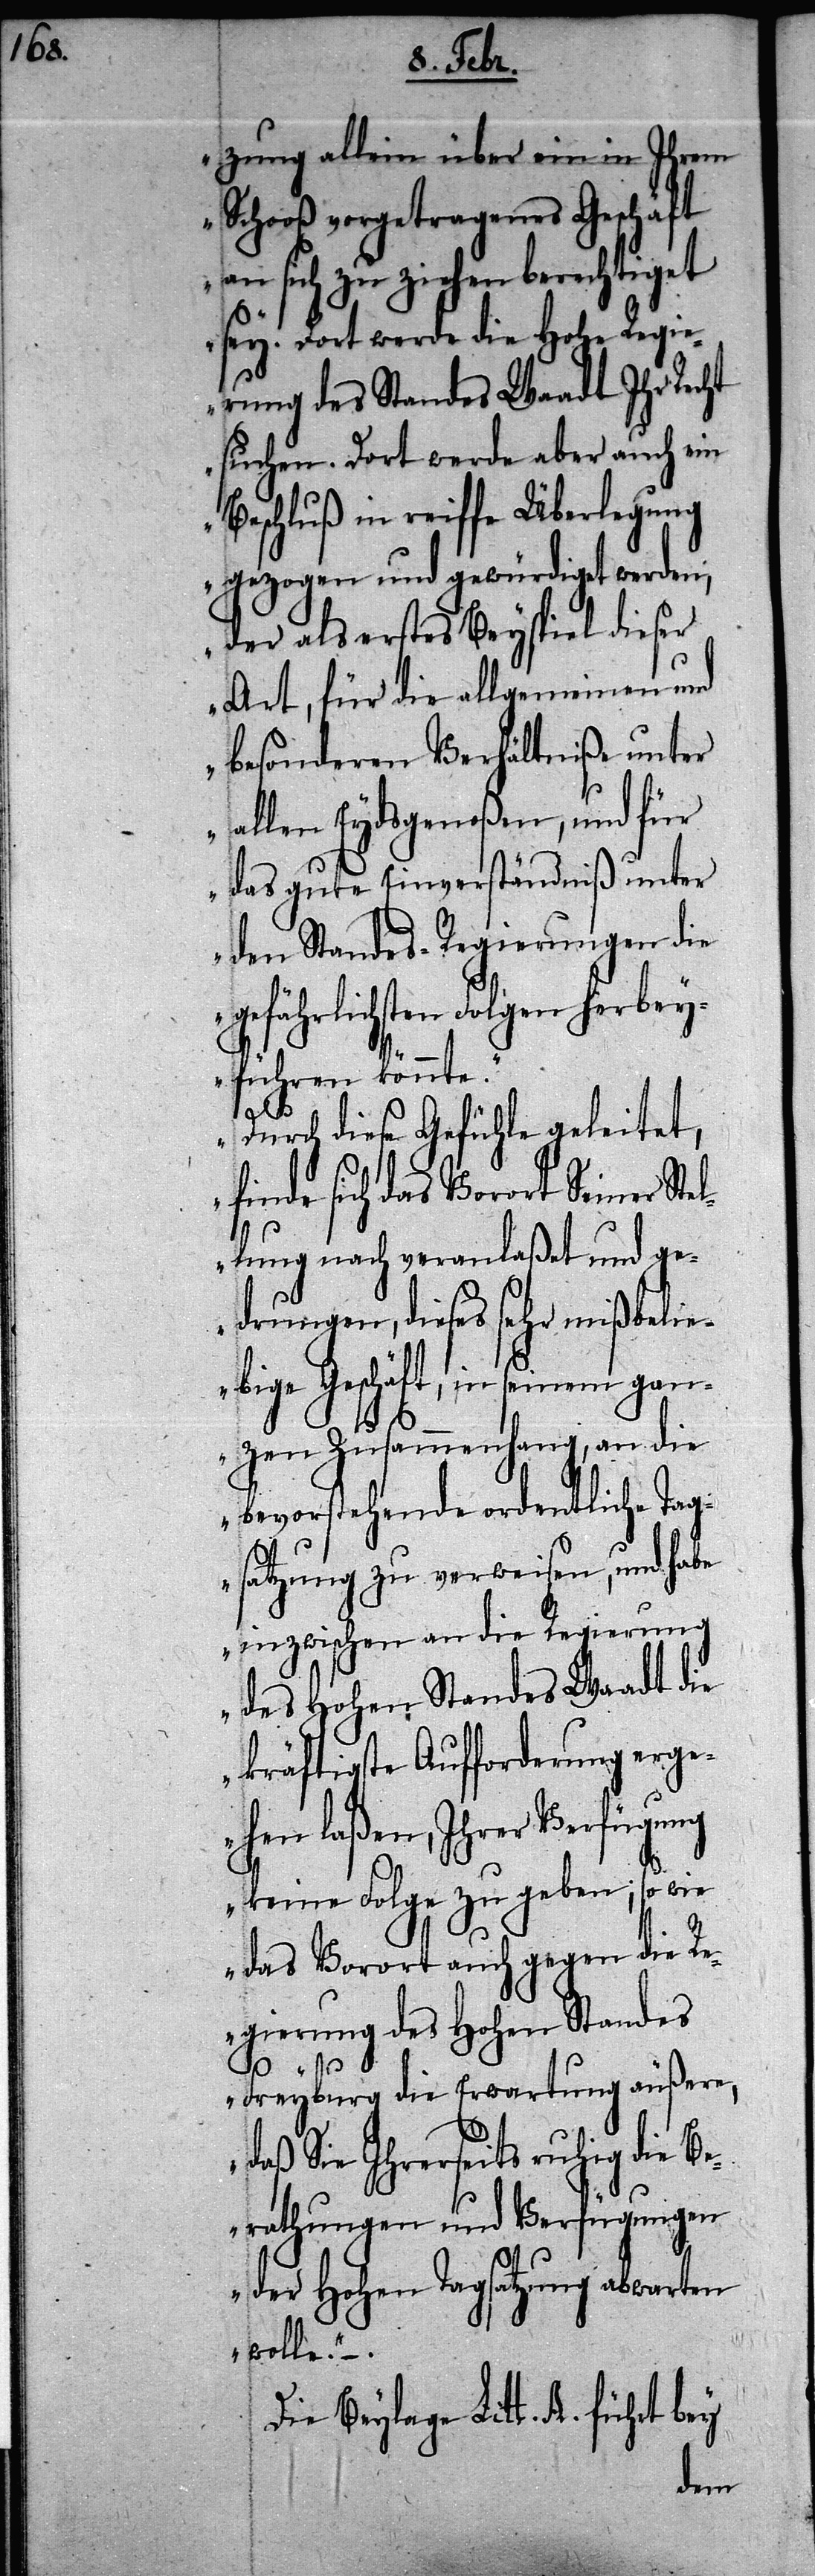
zung allein über ein in Ihrem
Schooß vorgetragenes Gschäft
an sich zu ziehen berechtiget
sey. Dort werde die Hohe Regie¬
rung des Standes Waadt Ihr Recht
suchen. Dort werde aber auch ein
Beschluß in reiffe Überlegung
gezogen und gewürdiget werden,
der als erstes Beypsiel dieser
Art, für die allgemeinen und
besonderen Verhältniße unter
allen Eydsgenoßen, und für
das gute Einverständniß unter
den Standes-Regierungen die
gefährlichsten Folgen herbey¬
führen könnte.
Durch diese Gefühle geleitet,
finde sich das Vorort Seiner Ste¬
llung nach veranlaßet und ge¬
drungen, dieses sehr mißbeli¬
ebige Geschäft, in seinem gan¬
zen Zusammenhang, an die
bevorstehende ordentliche Tag¬
satzung zu verweisen, und habe
inzwischen an die Regierung
des Hohen Standes Waadt die
kräftigste Aufforderung erge¬
hen laßen, Ihrer Verfügung
keine Folge zu geben; so wie
das Vorort auch gegen die R¬
egierung des Hohen Standes
Freyburg die Erwartung äußere,
daß Sie Ihrerseits ruhig die Be¬
rathungen und Verfügungen
der Hohen Tagsatzung abwarten
wolle.“ –.
Die Beylage Litt. B. führt bey